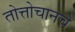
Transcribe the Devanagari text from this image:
तोत्तोचानचे